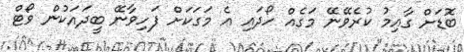
ބޮޑަށް ގާއިމު ކުރެވޭނޭ މަގެއް ހޯދައި އެ މަގަކަށް ފަހިވާނޭ ބީދައަކުން ވޯޓް